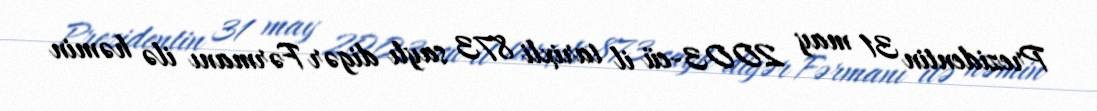
Prezidentin 31 may 2003-cü il tarixli 873 saylı digər Fərmanı ilə həmin